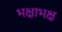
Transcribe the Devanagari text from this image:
भक्षाभक्ष